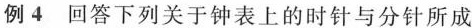
例4回答下列关于钟表上的时针与分针所成